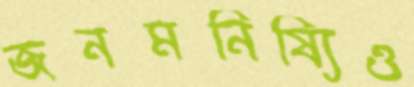
জনমনিষ্যিও